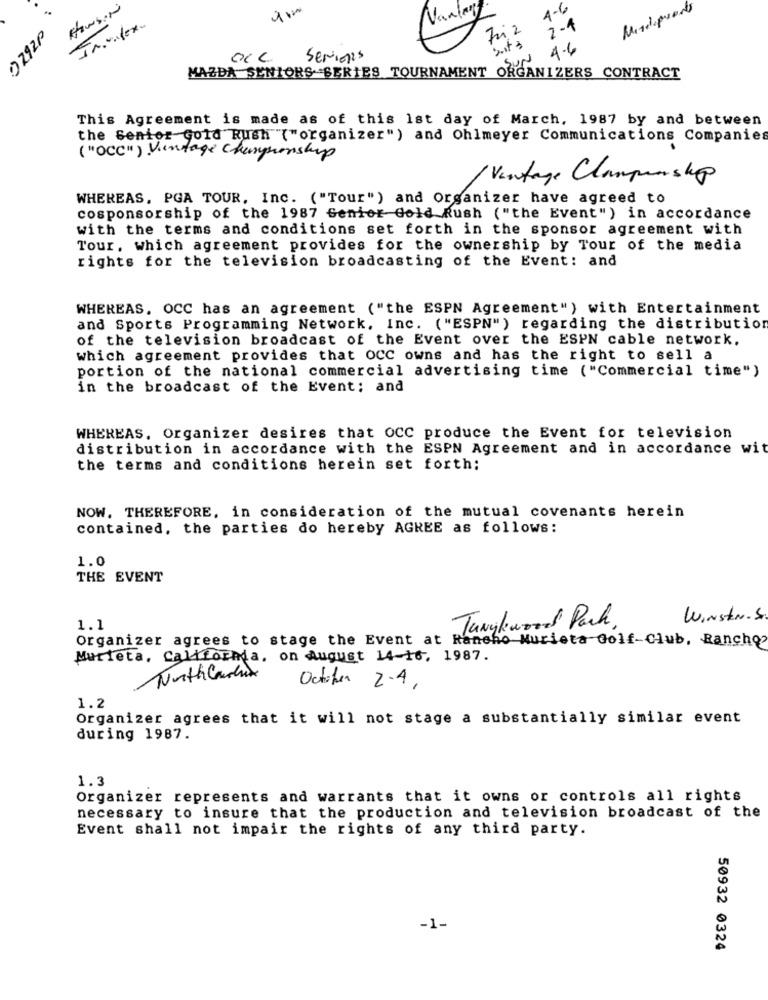
4-6
a
Vandaag
2-4
4.6
Serions
SUN
MAZDA SENIORS SERIES TOURNAMENT ORGANIZERS CONTRACT
This Agreement is made as of this 1st day of March, 1987 by and between
the Senior Gold Rush "("organizer") and Ohlmeyer Communications Companies
("OCC") Vintage Championship
/ Vintage Clampinshp
WHEREAS, PGA TOUR, Inc. ("Tour") and Organizer have agreed to
cosponsorship of the 1987 Genier Gold Rush ("the Event") in accordance
with the terms and conditions set forth in the sponsor agreement with
Tour, which agreement provides for the ownership by Tour of the media
rights for the television broadcasting of the Event: and
WHEREAS. OCC has an agreement ("the ESPN Agreement") with Entertainment
and Sports Programming Network. Inc. ("ESPN" ) regarding the distribution
of the television broadcast of the Event over the ESPN cable network.
which agreement provides that OCC owns and has the right to sell a
portion of the national commercial advertising time ("Commercial time")
in the broadcast of the Event; and
WHEREAS. Organizer desires that OCC produce the Event for television
distribution in accordance with the ESPN Agreement and in accordance wit
the terms and conditions herein set forth:
NOW. THEREFORE, in consideration of the mutual covenants herein
contained, the parties do hereby AGREE as follows:
1.0
THE EVENT
WINStr. S.
1.1
Tanglewood Park.
Organizer agrees to stage the Event at Rancho Nurieta Golf-Club, Rancho
Murieta, California, on August 14-16, 1987.
NorthCarhire
October 2-4,
1.2
Organizer agrees that it will not stage a substantially similar event
during 1987.
1.3
Organizer represents and warrants that it owns or controls all rights
necessary to insure that the production and television broadcast of the
Event shall not impair the rights of any third party.
-1-
50932 0324